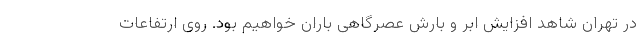
در تهران شاهد افزایش ابر و بارش عصرگاهی باران خواهیم بود. روی ارتفاعات